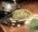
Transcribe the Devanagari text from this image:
कांकरफ़